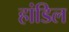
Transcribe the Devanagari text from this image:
हांडिल